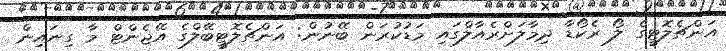
އަންޗެލޮޓީގެ ލޯ ރެކޯޑާ ދިމާލަށްރެއާލްގައި މަޑުކުރަން ބޭނުން: އަންޗެލޮޓީބޭލްގެ އޭޖެންޓް މާ ގިނައިން